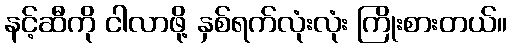
နင့်ဆီကို ငါလာဖို့ နှစ်ရက်လုံးလုံး ကြိုးစားတယ်။